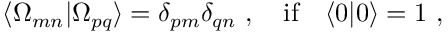
\langle \Omega _ { m n } | \Omega _ { p q } \rangle = \delta _ { p m } \delta _ { q n } \ , \quad \mathrm { i f } \quad \langle 0 | 0 \rangle = 1 \ ,